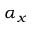
\alpha _ { x }